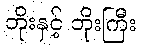
ဘိုးနှင့် ဘိုးကြီး